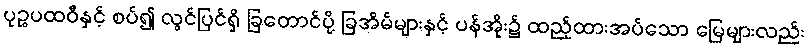
ပုဉ္ဇပထဝီနှင့် စပ်၍ လွင်ပြင်ရှိ ခြတောင်ပို့ ခြအိမ်များနှင့် ပန်အိုး၌ ထည့်ထားအပ်သော မြေများလည်း